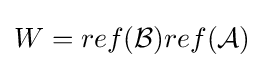
W=ref({\mathcal {B}})ref({\mathcal {A}})